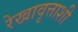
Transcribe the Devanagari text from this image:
रेखावृत्ताशी